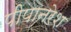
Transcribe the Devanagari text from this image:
पीपानरेश